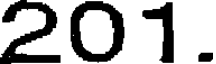
201.